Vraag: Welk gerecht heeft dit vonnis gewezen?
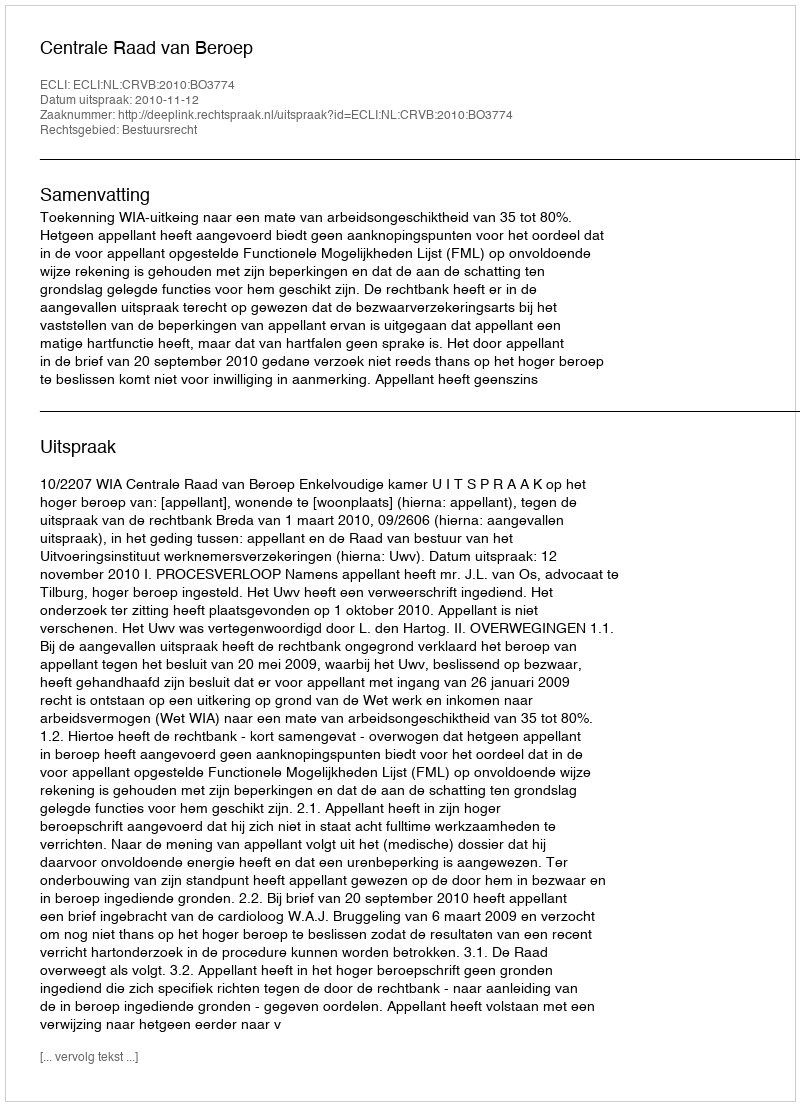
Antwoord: Centrale Raad van Beroep